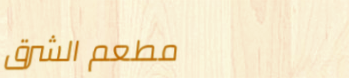
مطعم الشرق